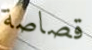
قصاصة